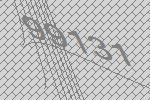
99131